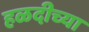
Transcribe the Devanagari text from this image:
हळदीच्या